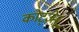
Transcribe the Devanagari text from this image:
कोट्ज़ेबू